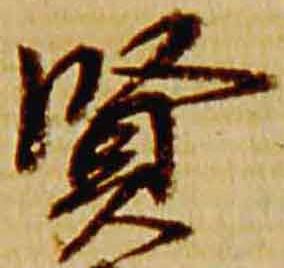
賢